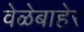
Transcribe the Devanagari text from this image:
वेळेबाहेर